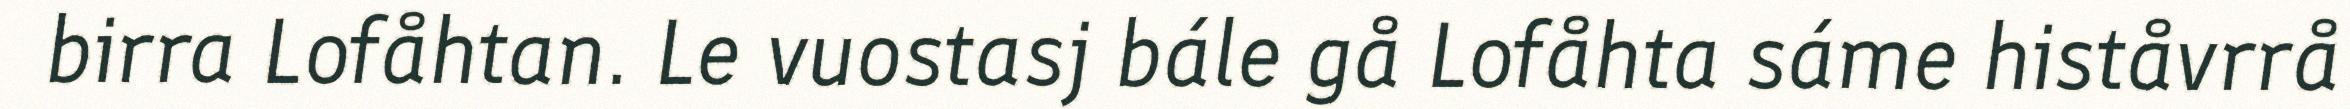
birra Lofåhtan. Le vuostasj bále gå Lofåhta sáme histåvrrå